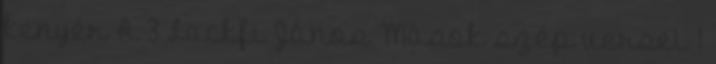
kenyér A 3 Lackfi János Mások szép versei 1